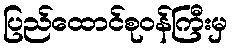
ပြည်ထောင်စုဝန်ကြီးမှ